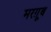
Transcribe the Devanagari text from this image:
मरग़ूब